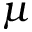
\mu